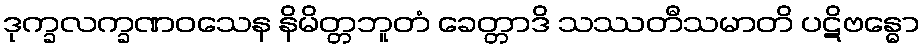
ဒုက္ခလက္ခဏဝသေန နိမိတ္တဘူတံ ခေတ္တာဒိ သဿတီသမာတိ ပဋိဗန္ဓော